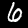
Digit: 6